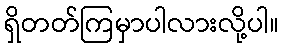
ရှိတတ်ကြမှာပါလားလို့ပါ။